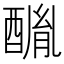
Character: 𨢂